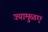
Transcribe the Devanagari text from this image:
ज्यामुळए